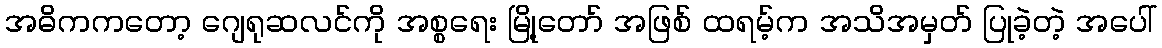
အဓိကကတော့ ဂျေရုဆလင်ကို အစ္စရေး မြို့တော် အဖြစ် ထရမ့်က အသိအမှတ် ပြုခဲ့တဲ့ အပေါ်